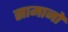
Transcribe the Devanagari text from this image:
सामानो